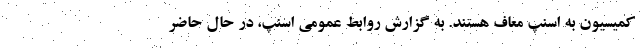
کمیسیون به اسنپ معاف هستند. به گزارش روابط عمومی اسنپ، در حال حاضر